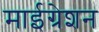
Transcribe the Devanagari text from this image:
माईग्रेशन